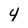
Character: 4